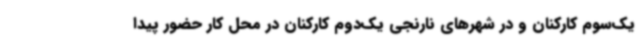
یک‌سوم کارکنان و در شهرهای نارنجی یک‌دوم کارکنان در محل کار حضور پیدا